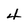
Character: 4